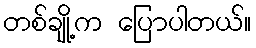
တစ်ချို့က ပြောပါတယ်။